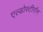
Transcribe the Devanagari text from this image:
एल्डोस्टीरॉन